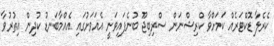
ކެރެލާ ޑޮކްޓަރެއް ކަމަށްވާ ކްރިޝްނަން ސްރިބިޖޫ ބުނެފައިވަނީ އެއަވަށުގައި އެއްމާބަނޑު ކުދިން އިތުރުވާ